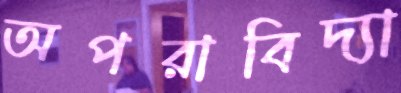
অপরাবিদ্যা